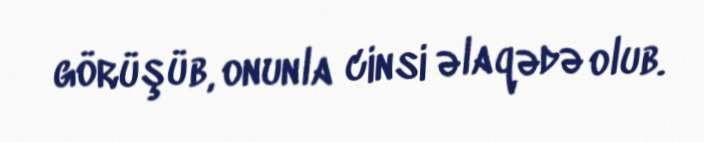
görüşüb, onunla cinsi əlaqədə olub.